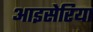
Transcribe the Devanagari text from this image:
आइसेरिया